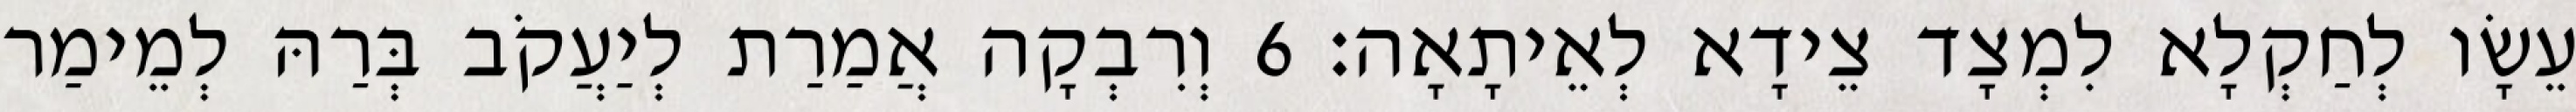
עֵשָׂו לְחַקְלָא לִמְצָד צֵידָא לְאֵיתָאָה׃ 6 וְרִבְקָה אֲמַרַת לְיַעֲקֹב בְּרַהּ לְמֵימַר